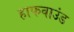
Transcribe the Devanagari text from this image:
हाफवाउंड